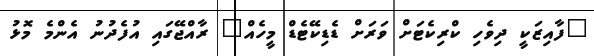
"ފާއިޒަކީ ދިވެހި ކްރިކެޓަށް ވަރަށް ޑެޑިކޭޓެޑް މީހެއް" ރާއްޖޭގައި އުފެދުނު އެންމެ މޮޅު